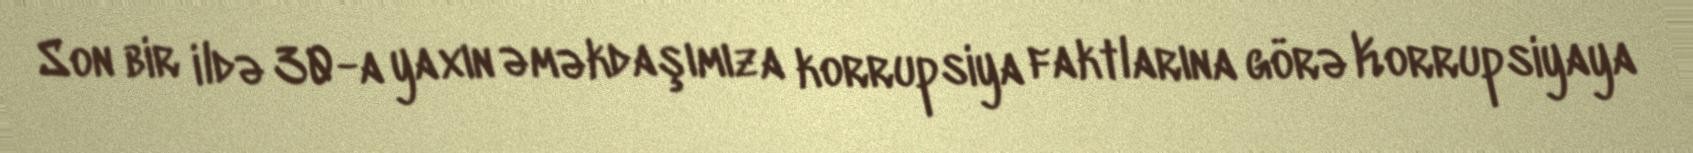
Son bir ildə 30-a yaxın əməkdaşımıza korrupsiya faktlarına görə Korrupsiyaya